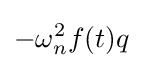
-\omega _{n}^{2}f(t)q